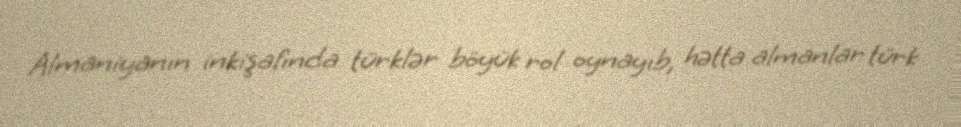
Almaniyanın inkişafında türklər böyük rol oynayıb, hətta almanlar türk